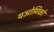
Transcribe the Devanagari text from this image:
यओगिकों